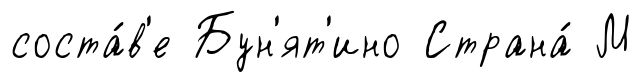
соста́в'е Бун'ят'ино Страна́ М